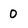
Character: 0